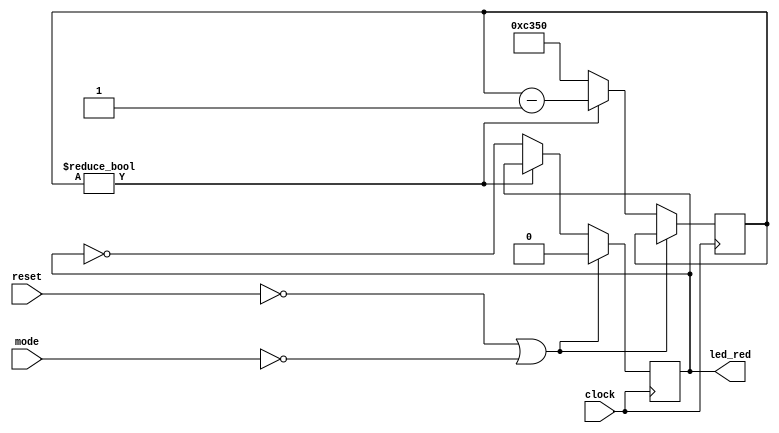





module clip_led (	// turn on LED for some milliseconds for clip indication
	input clock,
	input reset,
	input mode,
	output reg led_red
	);
	
	localparam period = 32'd50_000;
	
	reg [31:0] timer;
	initial
   begin
   	timer = period;
		led_red = 0;
	end	
	
	
	always @(posedge clock)
	begin
	   if(!reset | !mode) led_red <= 0;
		else if(timer != 0) timer <= timer - 1'd1;
		else 
		begin
			timer <= period;
			led_red <= ~led_red;
		end	
	end
	
endmodule